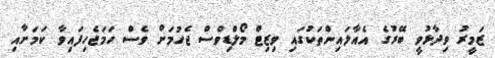
ޒަމީރު ވިދާޅުވީ ބޭރުގެ އެއާލައިންތަކުގައި ވިޒިޓް މޯލްޑިވްސް ޖެހުމަށް ވެސް ހަމަޖެހިފައިވާ ކަމަށާއި